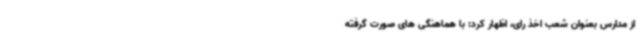
از مدارس بعنوان شعب اخذ رای، اظهار کرد: با هماهنگی های صورت گرفته